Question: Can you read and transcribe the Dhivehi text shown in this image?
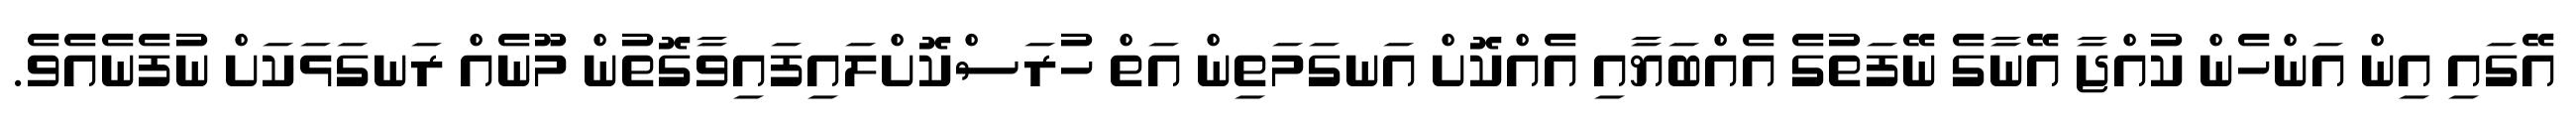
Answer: އޭގައި އިން އަންހެން ކުއްޖާ އޭނާގެ ނޭފަތުގެ އެއްބަޔާއި އެއްކޮށް އަނގަމަތިން އަތް ހުރަސްކޮށްލައިފައިވާގޮތުން މޫނެއް ރަނގަޅަކަށް ނުފެނެއެވެ.